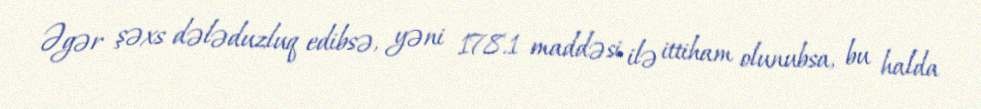
Əgər şəxs dələduzluq edibsə, yəni 178.1 maddəsi ilə ittiham olunubsa, bu halda